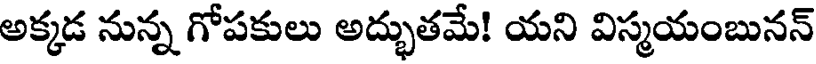
అక్కడ నున్న గోపకులు అద్భుతమే! యని విస్మయంబునన్